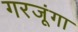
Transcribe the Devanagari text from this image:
गरजूंगा